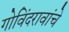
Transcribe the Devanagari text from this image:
गोविंदरावांचे